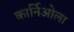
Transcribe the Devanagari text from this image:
कार्निओला